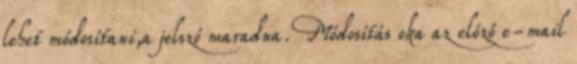
lehet módosítani,a jelszó maradna. Módosítás oka az előző e-mail